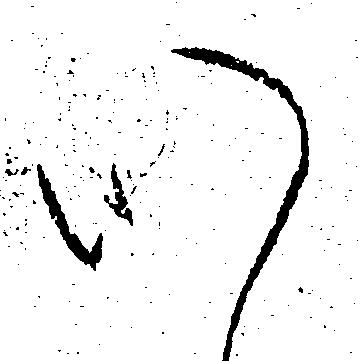
心